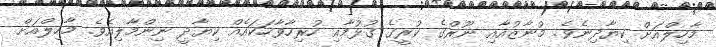
މާހިލްއަށް ކިޔާދިނެވެ. މުނާޒުއާއި ނޫރްގެ ކުރީގެ ގުޅުމާއި ހުރިހާވާހަކައެއް ކިޔާދީ ނިންމާލިއެވެ. މާހިލްއަށް